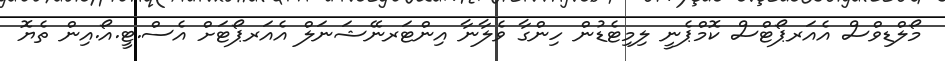
މޯލްޑިވްސް އެއަރޕޯޓްސް ކޮމްޕެނީ ލިމިޓެޑުން ހިންގާ ވެލާނާ އިންޓަރނޭޝަނަލް އެއަރޕޯޓަށް އެސް.ޓީ.އޯ.އިން ތެޔޮ